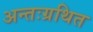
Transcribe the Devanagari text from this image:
अन्तःग्रथित